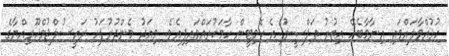
ހުޅުއްވާލައްވައި އިނާމާބެހޭ އިތުރު ތަފްޞީލު އެ ކޮމިޓީން ހާމަކުރައްވައިފިއެވެ. މިއަދު މެންދުރުފަހު ރައީސުލްޖުމްހޫރިއްޔާގެ